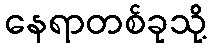
နေရာတစ်ခုသို့